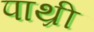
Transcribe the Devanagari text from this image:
पाथ्री